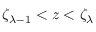
\zeta _ { \lambda - 1 } < z < \zeta _ { \lambda }